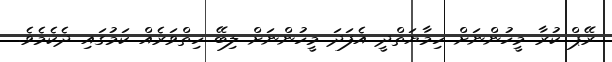
ރޭޕް ކުރާ މީހުންނަށް ހިމާޔަތްދީ އެފަދަ މީހުންނަށް ލިބޭ ހިތްވަރެއް ކަމުގައި ދެކެމެވެ.